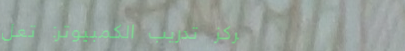
مركز تدريب الكمبيوتر: تعل